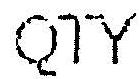
QTY